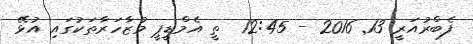
ފެބްރުއަރީ 13